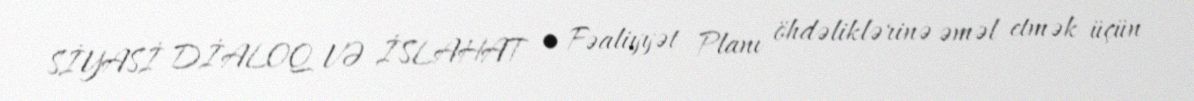
SİYASİ DİALOQ VƏ İSLAHAT • Fəaliyyət Planı öhdəliklərinə əməl etmək üçün